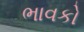
ભાવકો